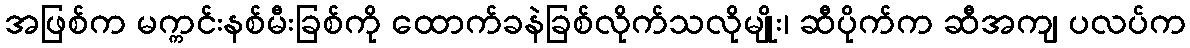
အဖြစ်က မက္ကင်းနစ်မီးခြစ်ကို ထောက်ခနဲခြစ်လိုက်သလိုမျိုး၊ ဆီပိုက်က ဆီအကျ ပလပ်က